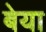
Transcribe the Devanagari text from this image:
बेया